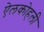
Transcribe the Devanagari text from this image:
ऐलकोहली